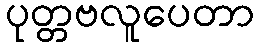
ပုတ္တဗလူပေတာ